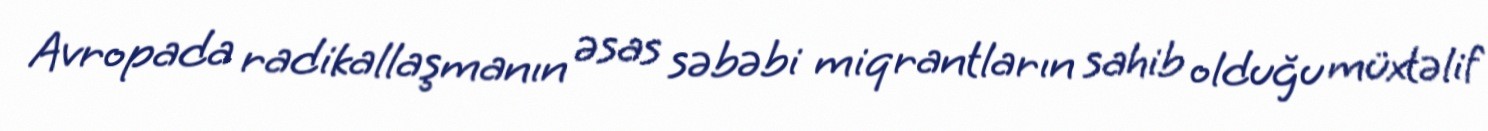
Avropada radikallaşmanın əsas səbəbi miqrantların sahib olduğu müxtəlif